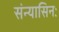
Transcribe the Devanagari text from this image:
संन्यासिनः